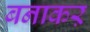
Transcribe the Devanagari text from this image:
बनाकऱ